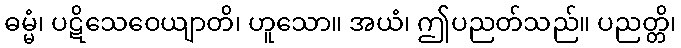
ဓမ္မံ၊ ပဋိသေဝေယျာတိ၊ ဟူသော။ အယံ၊ ဤပညတ်သည်။ ပညတ္တိ၊